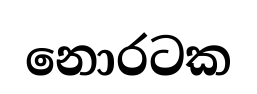
නොරටක